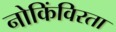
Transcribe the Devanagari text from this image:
नोकिंविरता